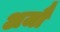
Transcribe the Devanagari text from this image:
अजौं